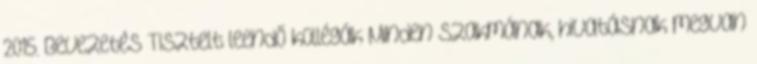
2015. Bevezetés Tisztelt leendő kollégák Minden szakmának, hivatásnak megvan